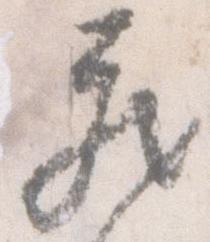
蔵